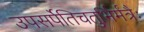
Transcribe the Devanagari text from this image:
उपसर्पेतिचतुर्भिर्मंत्रैः